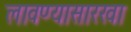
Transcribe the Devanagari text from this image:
लावण्यासारखा